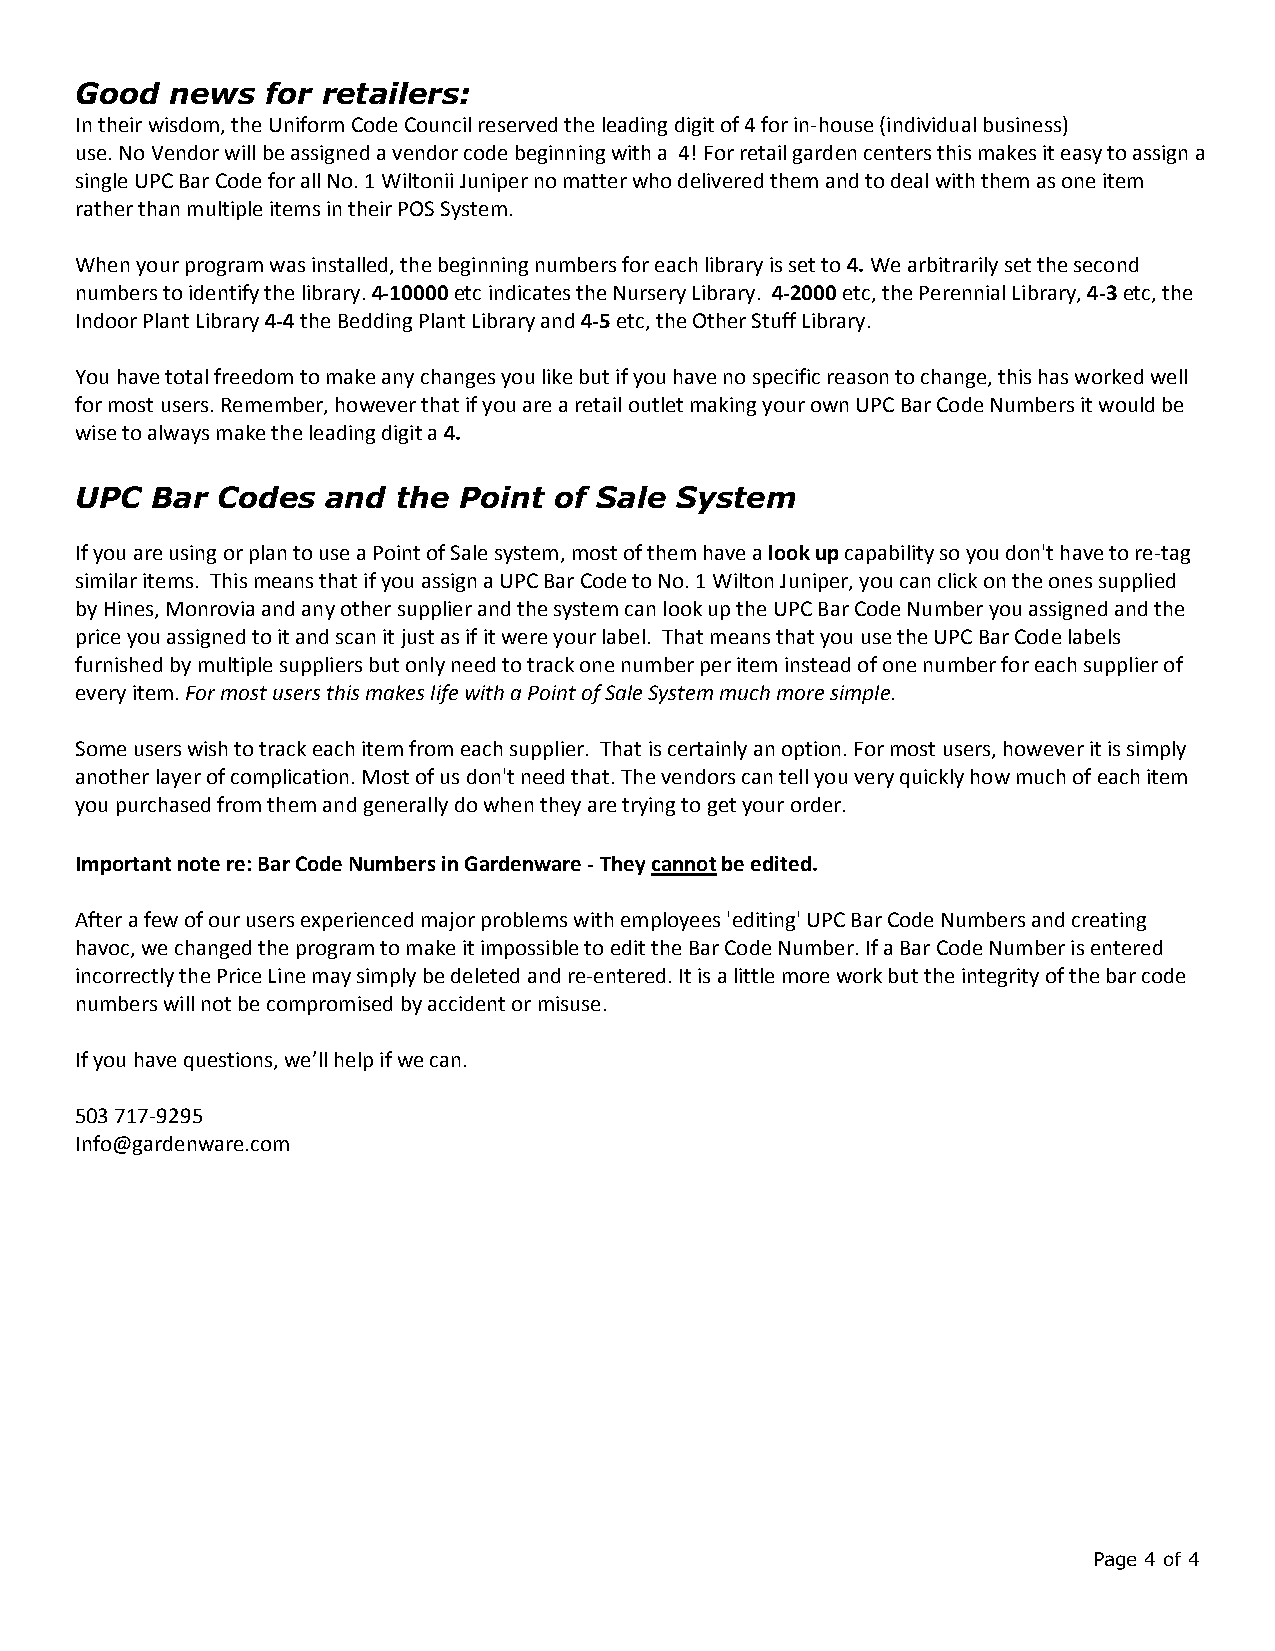
Good  news   for retailers:
 In their wisdom, the Uniform Code Council reserved the leading digit of 4 for in-house (individual business)
 use. No Vendor will be assigned a vendor code beginning with a 4! For retail garden centers this makes it easy to assign a
 single UPC Bar Code for all No. 1 Wiltonii Juniper no matter who delivered them and to deal with them as one item
 rather than multiple items in their POS System.
 When your program was installed, the beginning numbers for each library is set to4.We arbitrarily set the second
 numbers to identify the library.4-10000etc indicates the Nursery Library. 4-2000etc, the Perennial Library,4-3etc, the
 Indoor Plant Library4-4the Bedding Plant Library and4-5etc, the Other Stuff Library.
 You have total freedom to make any changes you like but if you have no specific reason to change, this has worked well
 for most users. Remember, however that if you are a retail outlet making your own UPC Bar Code Numbers it would be
 wise to always make the leading digita4.
 UPC  Bar Codes   and the Point  of Sale System
 If you are using or plan to use a Point of Sale system, most of them have alook upcapability so you don't have to re-tag
 similar items. This means that if you assign a UPC Bar Code to No. 1 Wilton Juniper, you can click on the ones supplied
 by Hines, Monrovia and any other supplier and the system can look up the UPC Bar Code Number you assigned and the
 price you assigned to it and scan it just as if it were your label. That means that you use the UPC Bar Code labels
 furnished by multiple suppliers but only need to track one number per item instead of one number for each supplier of
 every item.For most users this makes life with a Point of Sale System much more simple.
 Some users wish to track each item from each supplier. That is certainly an option. For most users, however it is simply
 another layer of complication. Most of us don't need that. The vendors can tell you very quickly how much of each item
 you purchased from them and generally do when they are trying to get your order.
 Important note re: Bar Code Numbers in Gardenware - Theycannot be edited.
 After a few of our users experienced major problems with employees 'editing' UPC Bar Code Numbers and creating
 havoc, we changed the program to make it impossible to edit the Bar Code Number. If a Bar Code Number is entered
 incorrectly the Price Line may simply be deleted and re-entered. It is a little more work but the integrity of the bar code
 numbers will not be compromised by accident or misuse.
 If you have questions, we’ll help if we can.
 503 717-9295
 Info@gardenware.com
 Page 4 of 4